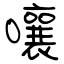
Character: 嚷